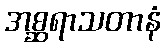
အစ္ဆရာသတာနံ